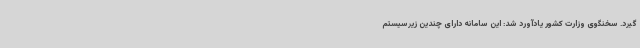
گیرد. سخنگوی وزارت کشور یادآورد شد: این سامانه دارای چندین زیرسیستم